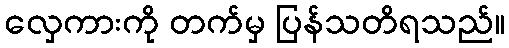
လှေကားကို တက်မှ ပြန်သတိရသည်။